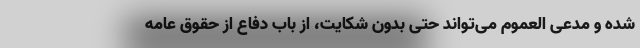
شده و مدعی العموم می‌تواند حتی بدون شکایت، از باب دفاع از حقوق عامه